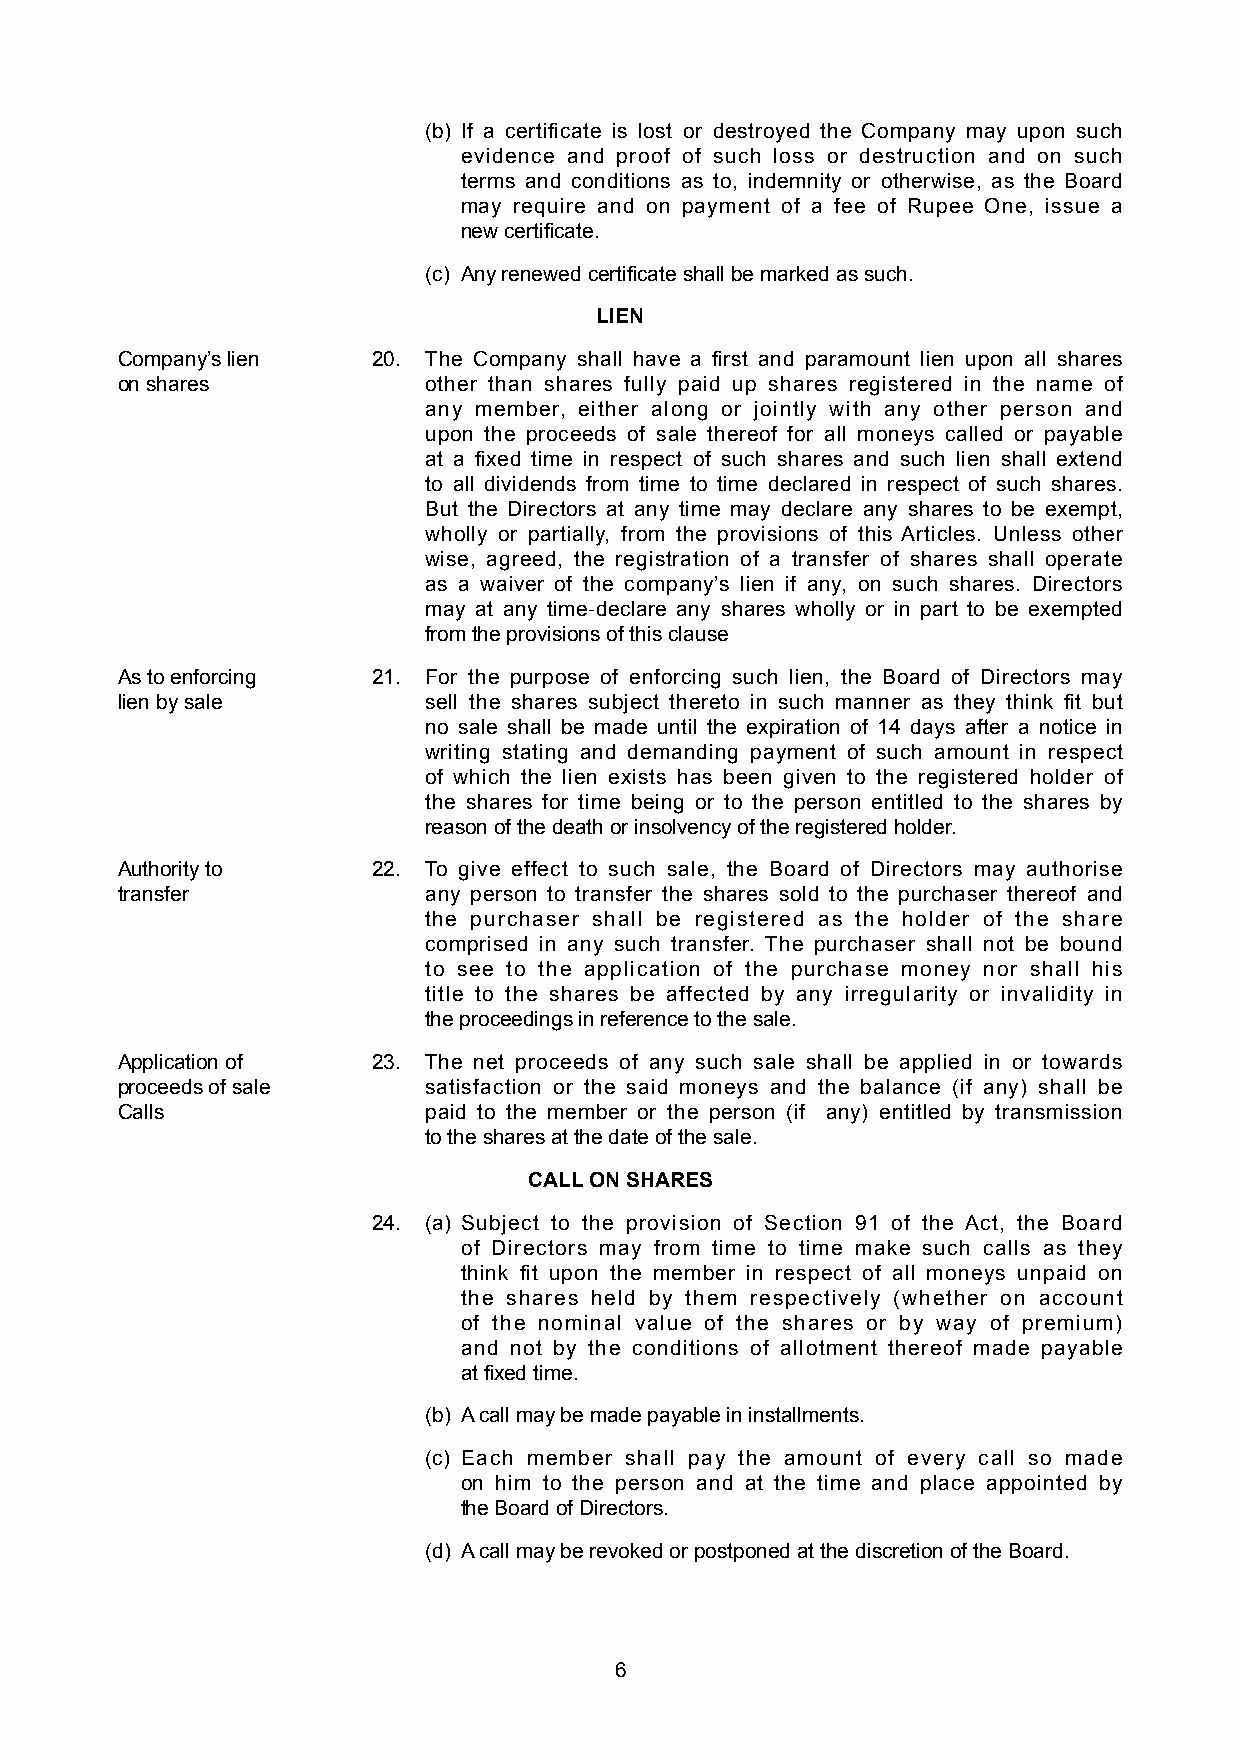
(b) If a certificate is lost or destroyed the Company may upon such
 evidence and proof of such loss or destruction and on such
 terms and conditions as to, indemnity or otherwise, as the Board
 may require and on payment of a fee of Rupee One, issue a
 new certificate.
 (c) Any renewed certificate shall be marked as such.
 LIEN
 Company’s lien   20. The Company shall have a first and paramount lien upon all shares
 on shares           other than shares fully paid up shares registered in the name of
 any member, either along or jointly with any other person and
 upon the proceeds of sale thereof for all moneys called or payable
 at a fixed time in respect of such shares and such lien shall extend
 to all dividends from time to time declared in respect of such shares.
 But the Directors at any time may declare any shares to be exempt,
 wholly or partially, from the provisions of this Articles. Unless other
 wise, agreed, the registration of a transfer of shares shall operate
 as a waiver of the company’s lien if any, on such shares. Directors
 may at any time-declare any shares wholly or in part to be exempted
 from the provisions of this clause
 As to enforcing  21. For the purpose of enforcing such lien, the Board of Directors may
 lien by sale        sell the shares subject thereto in such manner as they think fit but
 no sale shall be made until the expiration of 14 days after a notice in
 writing stating and demanding payment of such amount in respect
 of which the lien exists has been given to the registered holder of
 the shares for time being or to the person entitled to the shares by
 reason of the death or insolvency of the registered holder.
 Authority to     22. To give effect to such sale, the Board of Directors may authorise
 transfer            any person to transfer the shares sold to the purchaser thereof and
 the purchaser shall be registered as the holder of the share
 comprised in any such transfer. The purchaser shall not be bound
 to see to the application of the purchase money nor shall his
 title to the shares be affected by any irregularity or invalidity in
 the proceedings in reference to the sale.
 Application of   23. The net proceeds of any such sale shall be applied in or towards
 proceeds of sale    satisfaction or the said moneys and the balance (if any) shall be
 Calls               paid to the member or the person (if any) entitled by transmission
 to the shares at the date of the sale.
 CALL ON SHARES
 24. (a) Subject to the provision of Section 91 of the Act, the Board
 of Directors may from time to time make such calls as they
 think fit upon the member in respect of all moneys unpaid on
 the shares held by them respectively (whether on account
 of the nominal value of the shares or by way of premium)
 and not by the conditions of allotment thereof made payable
 at fixed time.
 (b) A call may be made payable in installments.
 (c) Each member shall pay the amount of every call so made
 on him to the person and at the time and place appointed by
 the Board of Directors.
 (d) A call may be revoked or postponed at the discretion of the Board.
 6